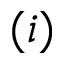
( i )